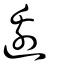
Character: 邊